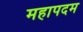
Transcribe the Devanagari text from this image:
महापदम